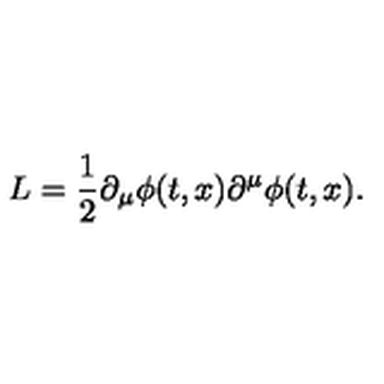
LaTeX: L = { \frac { 1 } { 2 } } \partial _ { \mu } \phi ( t , x ) \partial ^ { \mu } \phi ( t , x ) .